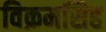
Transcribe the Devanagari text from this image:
विक्रमसिह